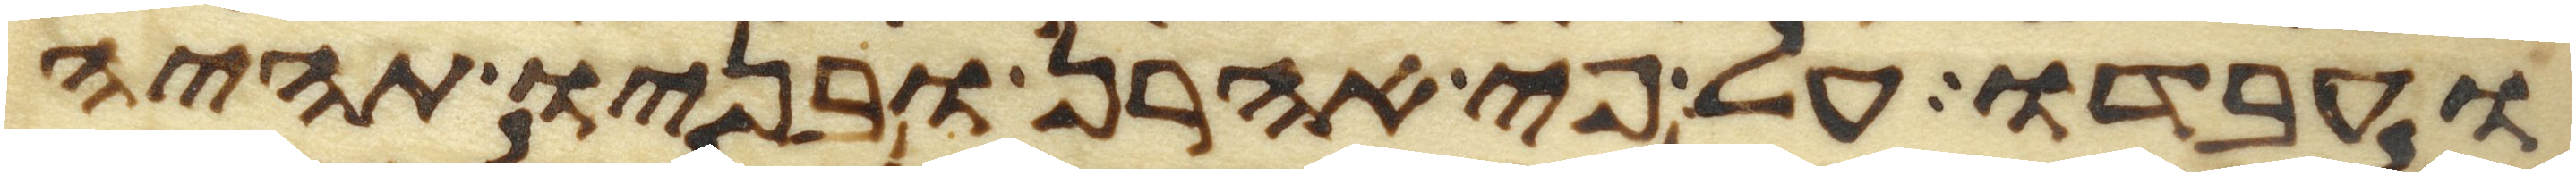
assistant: ועבדו על פי אהרן ובניו תהיה